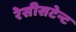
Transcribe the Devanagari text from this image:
रेसीसटेन्ट